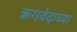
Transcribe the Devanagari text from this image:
ऋगवेदाच्या